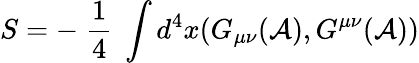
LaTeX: S=-\; \frac{1}{4}\; \int d^{4}x(G_{\mu\nu}({\cal A}),G^{\mu\nu}({\cal A}))